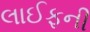
લાઈફની